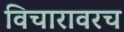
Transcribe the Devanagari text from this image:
विचारावरच